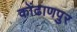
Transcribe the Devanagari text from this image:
कोंढाणपुर